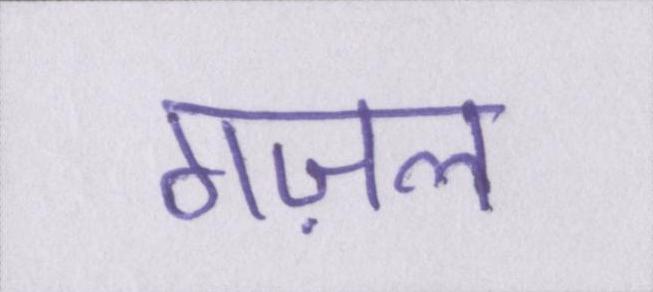
गज़ल